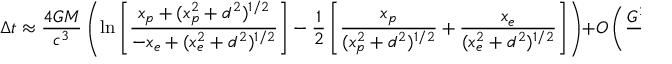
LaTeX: \Delta t \approx { \frac { 4 G M } { c ^ { 3 } } } \left( \ln \left[ { \frac { x _ { p } + ( x _ { p } ^ { 2 } + d ^ { 2 } ) ^ { 1 / 2 } } { - x _ { e } + ( x _ { e } ^ { 2 } + d ^ { 2 } ) ^ { 1 / 2 } } } \right] - { \frac { 1 } { 2 } } \left[ { \frac { x _ { p } } { ( x _ { p } ^ { 2 } + d ^ { 2 } ) ^ { 1 / 2 } } } + { \frac { x _ { e } } { ( x _ { e } ^ { 2 } + d ^ { 2 } ) ^ { 1 / 2 } } } \right] \right) + O \left( { \frac { G ^ { 2 } M ^ { 2 } } { c ^ { 6 } } } \right) ,